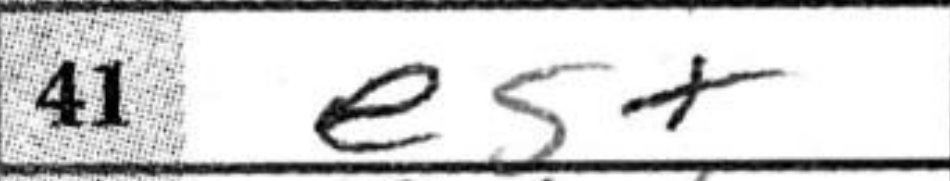
Transcription: e5+